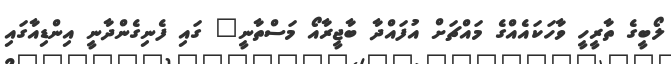
ލޯބީގެ ތާރީހީ ވާހަކައެއްގެ މައްޗަށް އުފައްދާ ބާޖީރާއޯ މަސްތާނީ" ގައި ފެނިގެންދާނީ އިންޑިއާގައި